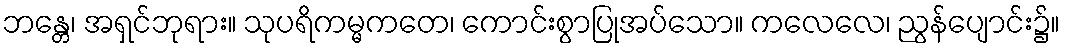
ဘန္တေ၊ အရှင်ဘုရား။ သုပရိကမ္မကတေ၊ ကောင်းစွာပြုအပ်သော။ ကလေလေ၊ ညွန်ပျောင်း၌။